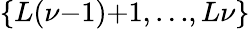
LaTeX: \{ L(\nu{-}1){+}1,{\ldots},L\nu\}